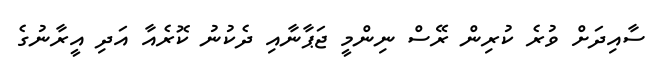
ސާއިދަށް ވުރެ ކުރިން ރޭސް ނިންމީ ޖަޕާނާއި ދެކުނު ކޮރެއާ އަދި އީރާނުގެ